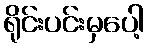
ရိုင်းပင်းမှပေါ့